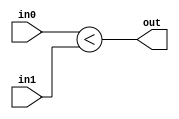
module TC_LessI(in0, in1, out);
    parameter UUID = 0;
    parameter NAME = "";
    parameter BIT_WIDTH = 1;
    input signed [BIT_WIDTH-1:0] in0;
    input signed [BIT_WIDTH-1:0] in1;
    output out;
    
    assign out = in0 < in1;
endmodule